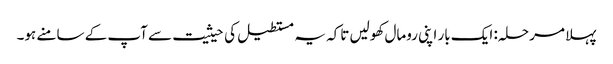
پہلا مرحلہ: ایک بار اپنی رومال کھولیں تاکہ یہ مستطیل کی حیثیت سے آپ کے سامنے ہو۔